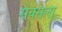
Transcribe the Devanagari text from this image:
सेक्सला